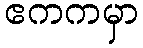
ဧကကမှာ